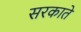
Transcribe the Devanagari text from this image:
सरकाते